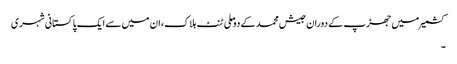
کشمیر میں جھڑپ کے دوران جیش محمد کے دو ملی ٹنٹ ہلاک، ان میں سے ایک پاکستانی شہری
۔